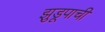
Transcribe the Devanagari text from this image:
झुडूपाची